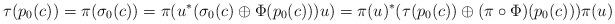
LaTeX: \begin{align*}\tau(p_0(c)) = \pi (\sigma_0(c)) = \pi(u^\ast(\sigma_0(c)\oplus \Phi(p_0(c)))u) = \pi(u)^\ast ( \tau(p_0(c)) \oplus (\pi \circ \Phi)(p_0(c))) \pi(u)\end{align*}